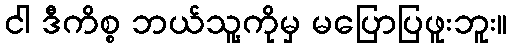
ငါ ဒီကိစ္စ ဘယ်သူ့ကိုမှ မပြောပြဖူးဘူး။